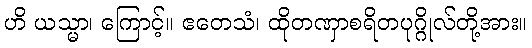
ဟိ ယသ္မာ၊ ကြောင့်။ ဧတေသံ၊ ထိုတဏှာစရိတပုဂ္ဂိုလ်တို့အား။